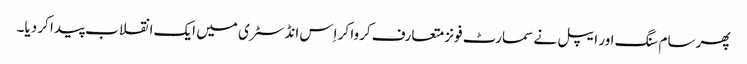
پھر سام سنگ اور ایپل نے سمارٹ فونز متعارف کروا کر اِس انڈسٹری میں ایک انقلاب پیدا کر دیا۔